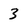
Character: 3